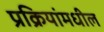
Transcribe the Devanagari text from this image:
प्रक्रियांमधील